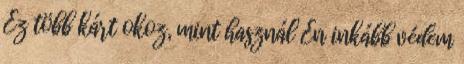
Ez több kárt okoz, mint használ Én inkább védem